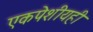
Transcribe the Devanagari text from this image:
एकपेशीयही